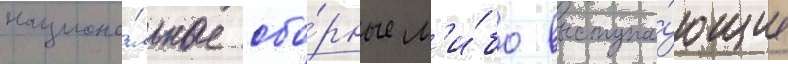
национа́льные сбо́рные л'и́бо выступа́ющие